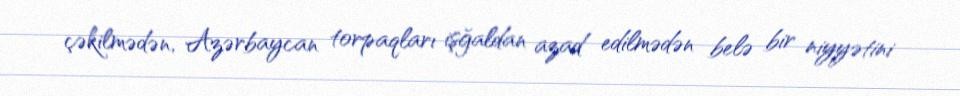
çəkilmədən, Azərbaycan torpaqları işğaldan azad edilmədən belə bir niyyətini